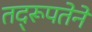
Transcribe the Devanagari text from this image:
तद्‌रूपतेने